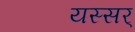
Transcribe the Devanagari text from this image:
यस्सर्